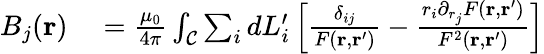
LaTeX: \begin{array}{rl}{B_{j}(\mathbf{r})}&{{}=\frac{\mu_{0}}{4\pi}\int_{\mathcal{C}}\sum_{i}dL_{i}^{\prime}\left[\frac{\delta_{ij}}{F(\mathbf{r},\mathbf{r}^{\prime})}-\frac{r_{i}\partial_{r_{j}}F(\mathbf{r},\mathbf{r}^{\prime})}{F^{2}(\mathbf{r},\mathbf{r}^{\prime})}\right]}\end{array}